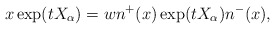
\begin{align*}x\exp(tX_{\alpha}) = wn^+(x)\exp(tX_{\alpha}) n^-(x),\end{align*}